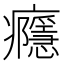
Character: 癮